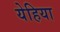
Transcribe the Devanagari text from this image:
येहिया